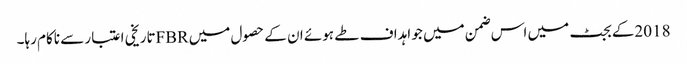
2018کے بجٹ میں اس ضمن میں جو اہداف طے ہوئے ان کے حصول میں FBRتاریخی اعتبار سے ناکام رہا۔